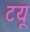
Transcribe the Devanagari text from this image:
टयू